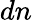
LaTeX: dn